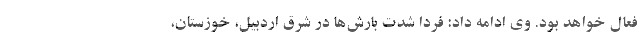
فعال خواهد بود. وی ادامه داد: فردا شدت بارش‌ها در شرق اردبیل، خوزستان،